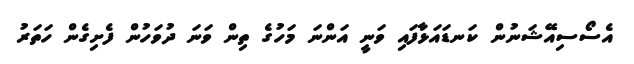
އެސޯސިއޭޝަނުން ކަނޑައަޅާފައި ވަނީ އަންނަ މަހުގެ ތިން ވަނަ ދުވަހުން ފެށިގެން ހަތަރު